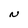
Character: N